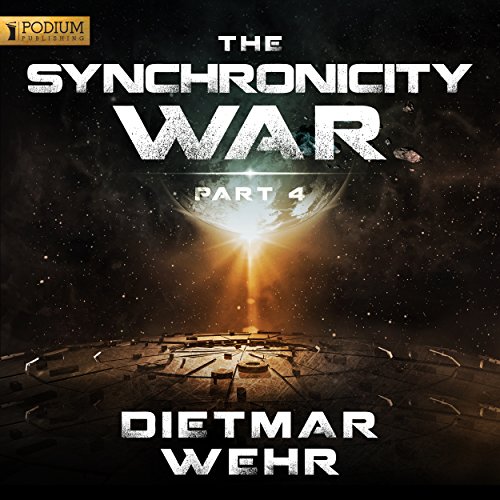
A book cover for The Synchronicity War, Part 4; Dietmar Wehr; Mystery, Thriller & Suspense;